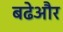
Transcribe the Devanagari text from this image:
बढेऔर